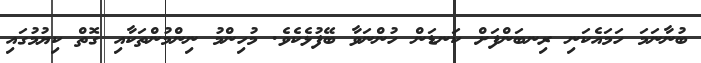
ބުނާނަމަ ހަމައެކަނި ރިނބަންފަށް ކަނޑަން ހުންނަވާ ބޭފުޅެކެވެ. މުހިންމު ނިންމުންތަކާއި ގޮތް ކިޔުމުގައި